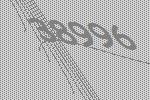
38996